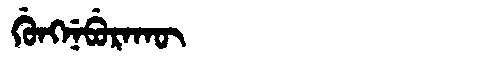
Manchu: ᡤᡠᠩᠨᡝᠪᡠᡵᠠᡴᡡ
Romanization: GUNGNEBURAKŪ